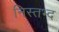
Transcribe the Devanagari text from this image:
निस्तभ्द